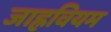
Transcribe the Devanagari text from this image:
जाह्नवियम